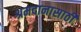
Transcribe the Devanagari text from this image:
श्रमदानासाठी